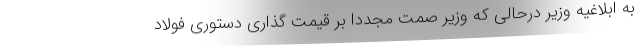
به ابلاغیه وزیر درحالی که وزیر صمت مجددا بر قیمت گذاری دستوری فولاد